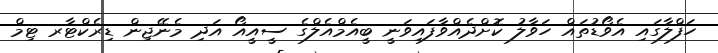
ހަފްލާގައި އެވޯޑުތައް ހަވާލު ކޮށްދެއްވާފައިވަނީ ބީއެމްއެލްގެ ސީއީއޯ އަދި މެނޭޖިން ޑިރެކްޓާރ ޓިމް